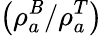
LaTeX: \left(\rho_{a}^{\mathit{B}}/\rho_{a}^{T}\right)